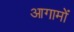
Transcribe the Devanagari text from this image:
आगामों